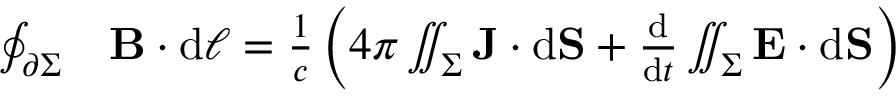
\begin{array} { r l } { \oint _ { \partial \Sigma } } & { { } \mathbf { B } \cdot \mathrm { d } { \boldsymbol { \ell } } = { \frac { 1 } { c } } \left( 4 \pi \iint _ { \Sigma } \mathbf { J } \cdot \mathrm { d } \mathbf { S } + { \frac { \mathrel { \mathrm { d } } } { \mathrm { d } t } } \iint _ { \Sigma } \mathbf { E } \cdot \mathrm { d } \mathbf { S } \right) } \end{array}